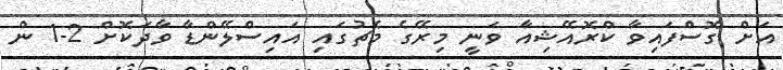
އަށް ގޮސްފައިވާ ކްރޮއޭޝިއާ ވަނީ މިރޭގެ މެޗުގައި އައިސްލޭންޑާ ވާދަކޮށް 2-1 ން